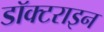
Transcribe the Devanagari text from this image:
डॉक्टराइन